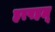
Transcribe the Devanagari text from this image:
हरपहलू